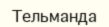
Тельманда